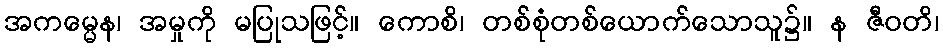
အကမ္မေန၊ အမှုကို မပြုသဖြင့်။ ကောစိ၊ တစ်စုံတစ်ယောက်သောသူ၌။ န ဇီဝတိ၊